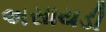
અસાયડી